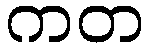
ကတ